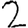
Digit: 2